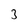
Character: 3